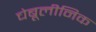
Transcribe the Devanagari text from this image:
चेबूलीनिक